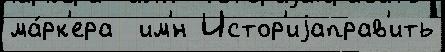
ма́рк'ера  им'́н Истор'иjаправ'ить